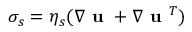
\boldsymbol { \sigma _ { s } } = \eta _ { s } ( \nabla \textbf { u } + \nabla \textbf { u } ^ { T } )